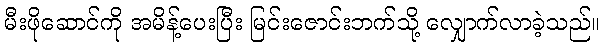
မီးဖိုဆောင်ကို အမိန့်ပေးပြီး မြင်းဇောင်းဘက်သို့ လျှောက်လာခဲ့သည်။